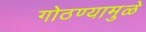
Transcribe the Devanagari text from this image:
गोठण्यामुळे